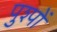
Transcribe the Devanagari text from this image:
पुश्पों